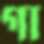
গা